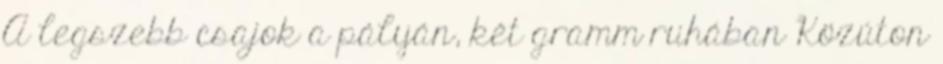
A legszebb csajok a pályán, két gramm ruhában Közúton